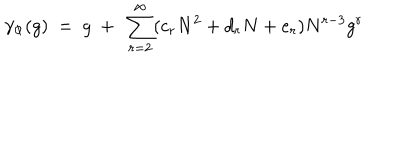
\gamma _ { \Phi } ( g ) ~ = ~ g ~ + ~ \sum _ { r = 2 } ^ { \infty } ( c _ { r } N ^ { 2 } + d _ { r } N + e _ { r } ) N ^ { r - 3 } g ^ { r }